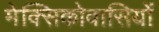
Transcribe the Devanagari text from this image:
मेक्सिकोवासियों